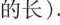
的长).